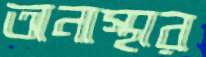
অনাস্থার